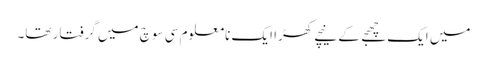
میں ایک چھجے کے نیچے کھڑا ایک نامعلوم سی سوچ میں گرفتار تھا۔